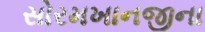
સોરમખાનજીના